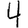
Digit: 4